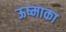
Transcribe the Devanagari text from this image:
ऊष्माका